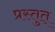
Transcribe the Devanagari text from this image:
प्रस्तुत्